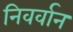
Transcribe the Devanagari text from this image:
निवर्वान